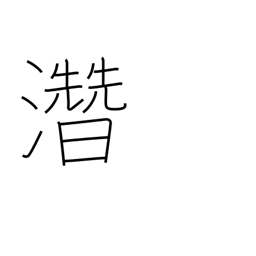
Meaning: hidden